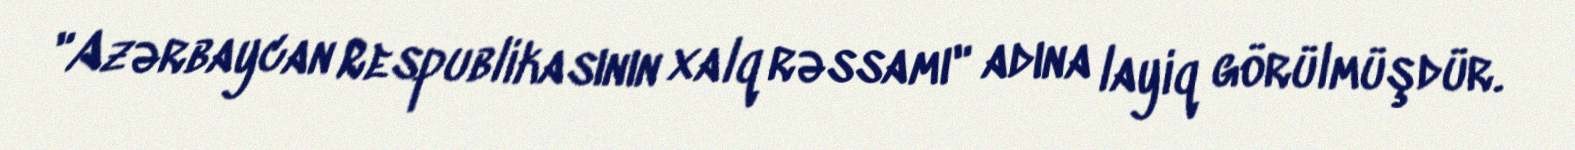
"Azərbaycan Respublikasının xalq rəssamı" adına layiq görülmüşdür.